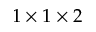
1 \times 1 \times 2